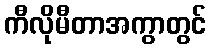
ကီလိုမီတာအကွာတွင်